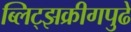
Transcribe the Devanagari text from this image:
ब्लिट्झक्रीगपुढे